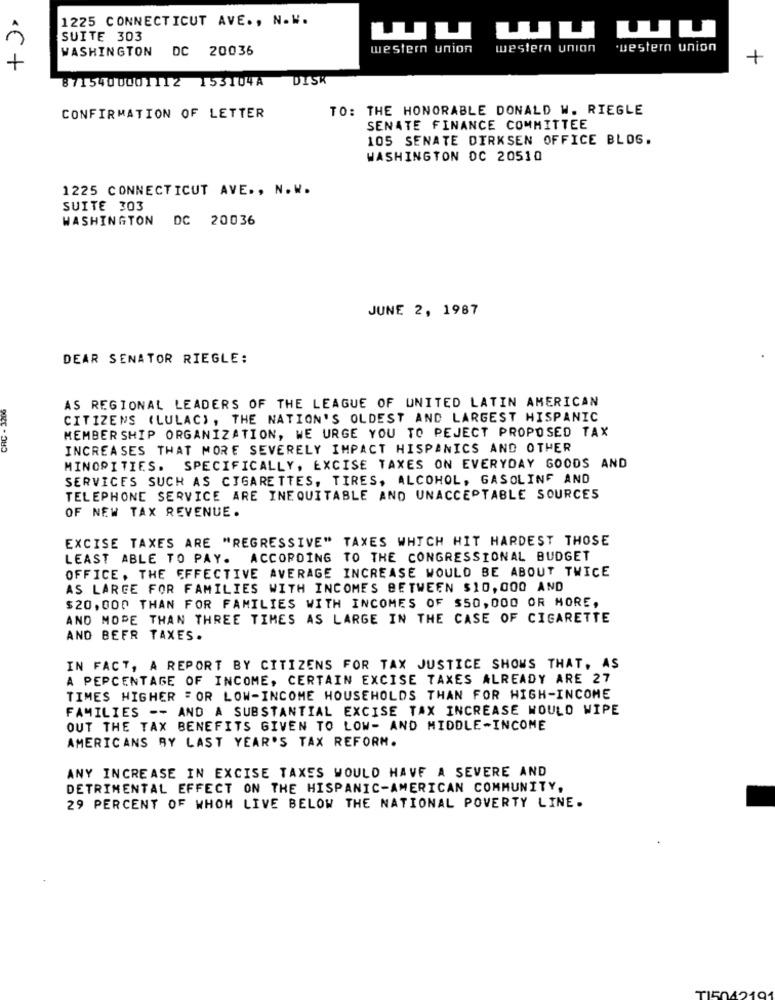
1225 CONNECTICUT AVE ., N.W.
L
SUITE 303
LLL
WASHINGTON DC 20036
western union
wester un ster union
+
+
< C +
8715400001112 153104A
DISK
TO: THE HONORABLE DONALD W. RIEGLE
CONFIRMATION OF LETTER
SENATE FINANCE COMMITTEE
105 SENATE DIRKSEN OFFICE BLOG.
WASHINGTON DC 20510
1225 CONNECTICUT AVE ., N.W.
SUITE 303
WASHINGTON DC 20036
JUNE 2, 1987
DEAR SENATOR RIEGLE:
CRC - 3206
AS REGIONAL LEADERS OF THE LEAGUE OF UNITED LATIN AMERICAN
CITIZENS (LULAC) , THE NATION'S OLDEST AND LARGEST HISPANIC
MEMBERSHIP ORGANIZATION, WE URGE YOU TO REJECT PROPOSED TAX
INCREASES THAT MORE SEVERELY IMPACT HISPANICS AND OTHER
MINORITIES. SPECIFICALLY, EXCISE TAXES ON EVERYDAY GOODS AND
SERVICES SUCH AS CIGARETTES, TIRES, ALCOHOL, GASOLINF AND
TELEPHONE SERVICE ARE INEQUITABLE AND UNACCEPTABLE SOURCES
OF NEW TAX REVENUE.
EXCISE TAXES ARE "REGRESSIVE" TAXES WHICH HIT HARDEST THOSE
LEAST ABLE TO PAY. ACCORDING TO THE CONGRESSIONAL BUDGET
OFFICE, THE EFFECTIVE AVERAGE INCREASE WOULD BE ABOUT TWICE
AS LARGE FOR FAMILIES WITH INCOMES BETWEEN $10,000 AND
$20, 000 THAN FOR FAMILIES WITH INCOMES OF $50,000 OR MORE,
AND MORE THAN THREE TIMES AS LARGE IN THE CASE OF CIGARETTE
AND BEFR TAXES.
IN FACT, A REPORT BY CITIZENS FOR TAX JUSTICE SHOWS THAT, AS
A PERCENTAGE OF INCOME, CERTAIN EXCISE TAXES ALREADY ARE 27
TIMES HIGHER FOR LOW-INCOME HOUSEHOLDS THAN FOR HIGH-INCOME
FAMILIES -- AND A SUBSTANTIAL EXCISE TAX INCREASE WOULD WIPE
OUT THE TAX BENEFITS GIVEN TO LOW- AND MIDDLE-INCOME
AMERICANS BY LAST YEAR'S TAX REFORM.
ANY INCREASE IN EXCISE TAXES WOULD HAVE A SEVERE AND
DETRIMENTAL EFFECT ON THE HISPANIC-AMERICAN COMMUNITY,
29 PERCENT OF WHOM LIVE BELOW THE NATIONAL POVERTY LINE.
TI504210